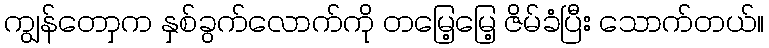
ကျွန်တောှက နှစ်ခွက်လောက်ကို တမြေ့မြေ့ ဇိမ်ခံပြီး သောက်တယ်။